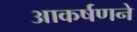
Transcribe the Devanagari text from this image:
आकर्षणने